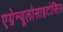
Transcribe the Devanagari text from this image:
एग्रेन्यूलोसाइटोसिस